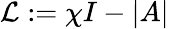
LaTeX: \mathcal{L}:=\chi I-\left|A\right|